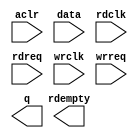
module FIFO_Port0out (
	aclr,
	data,
	rdclk,
	rdreq,
	wrclk,
	wrreq,
	q,
	rdempty);

	input	  aclr;
	input	[40:0]  data;
	input	  rdclk;
	input	  rdreq;
	input	  wrclk;
	input	  wrreq;
	output	[40:0]  q;
	output	  rdempty;
`ifndef ALTERA_RESERVED_QIS
// synopsys translate_off
`endif
	tri0	  aclr;
`ifndef ALTERA_RESERVED_QIS
// synopsys translate_on
`endif

endmodule